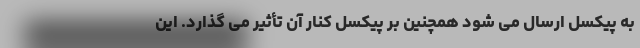
به پیکسل ارسال می شود همچنین بر پیکسل کنار آن تأثیر می گذارد. این